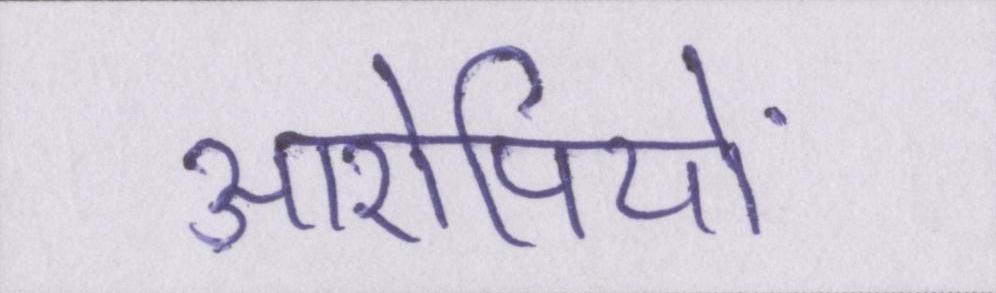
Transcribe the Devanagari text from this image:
आरोपियों